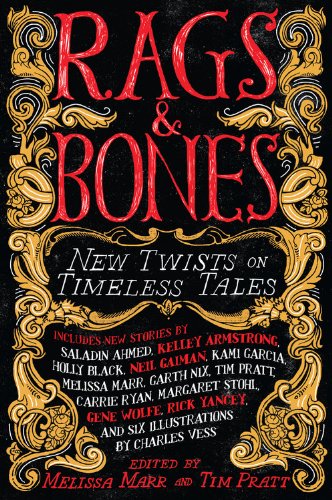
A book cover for Rags & Bones: New Twists on Timeless Tales; Teen & Young Adult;